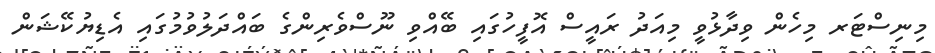
މިނިސްޓަރ މިހެން ވިދާޅުވީ މިއަދު ރައީސް އޮފީހުގައި ބޭއްވި ނޫސްވެރިންގެ ބައްދަލުވުމުގައި އެޑިޔުކޭޝަން